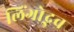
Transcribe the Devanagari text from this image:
लिंगोद्भव